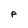
Character: F